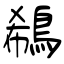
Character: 鵗